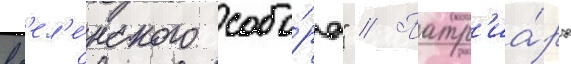
вс'ел'е́нского собо́ра" // Патр'иа́рх